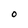
Character: O